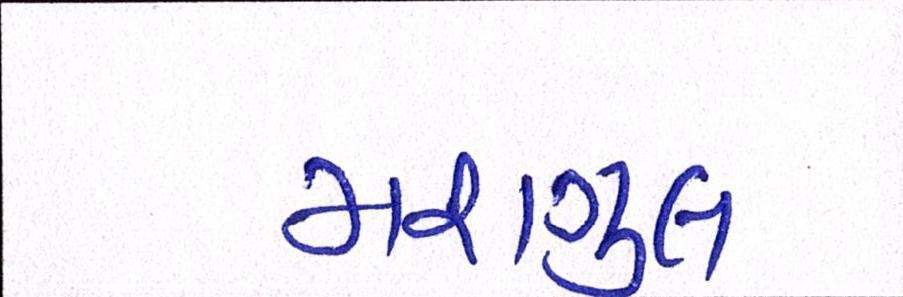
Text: મશગુલ